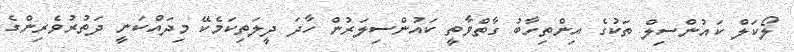
ލޯކަލް ކައުންސިލް ތަކުގެ އިންތިހާބު ގާތްވާތީ ކައުންސިލަރުން ހާދަ ދީލަތިކަމެކޭ މިދައްކަނީ ދަތުރުވެރިންގެ